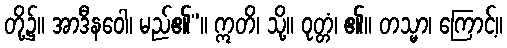
တို့၌။ အာဒီနဝေါ၊ မည်၏”။ ဣတိ၊ သို့။ ဝုတ္တံ၊ ၏။ တသ္မာ၊ ကြောင့်။